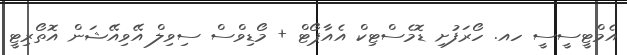
އެމްޓީސީސީ ހއ. ހޯރަފުށި ޑޮމެސްޓިކް އެއާޕޯޓް + މޯޑިވްސް ސިވިލް އޭވިއޭޝަން އޮތޯރިޓީ